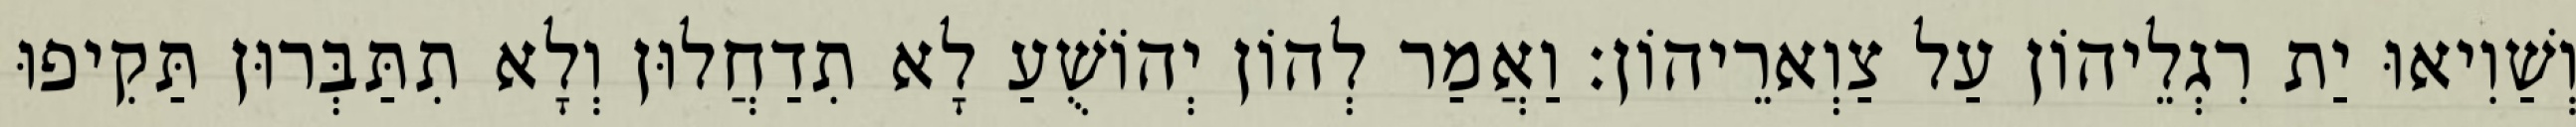
וְשַׁוִיאוּ יַת רִגְלֵיהוֹן עַל צַוְארֵיהוֹן׃ וַאֲמַר לְהוֹן יְהוֹשֻׁעַ לָא תִדַחֲלוּן וְלָא תִתַּבְּרוּן תַּקִיפוּ